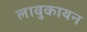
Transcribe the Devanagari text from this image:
लावुकायन